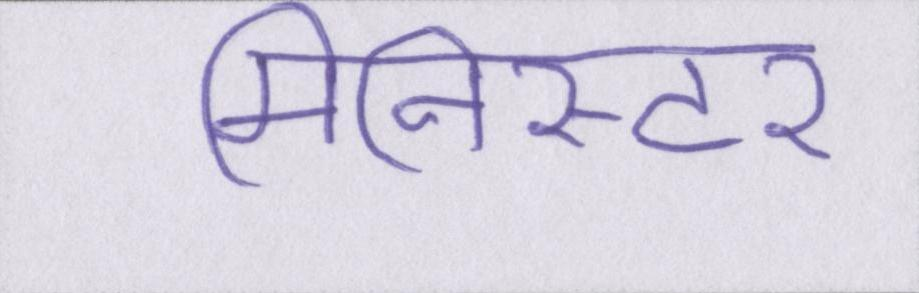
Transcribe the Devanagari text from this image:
मिनिस्टर